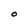
Character: O